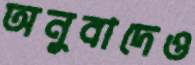
অনুবাদেও